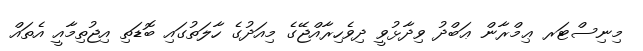
މިނިސްޓަރ ޢިމްރާން ޢަބްދު ވިދާޅުވީ ދިވެހިރާއްޖޭގެ މިއަދުގެ ހާލަތުގައި ބޮޑަތި އިޖުތިމާއީ އެތައް